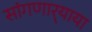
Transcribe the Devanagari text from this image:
सांगणार्‍याया